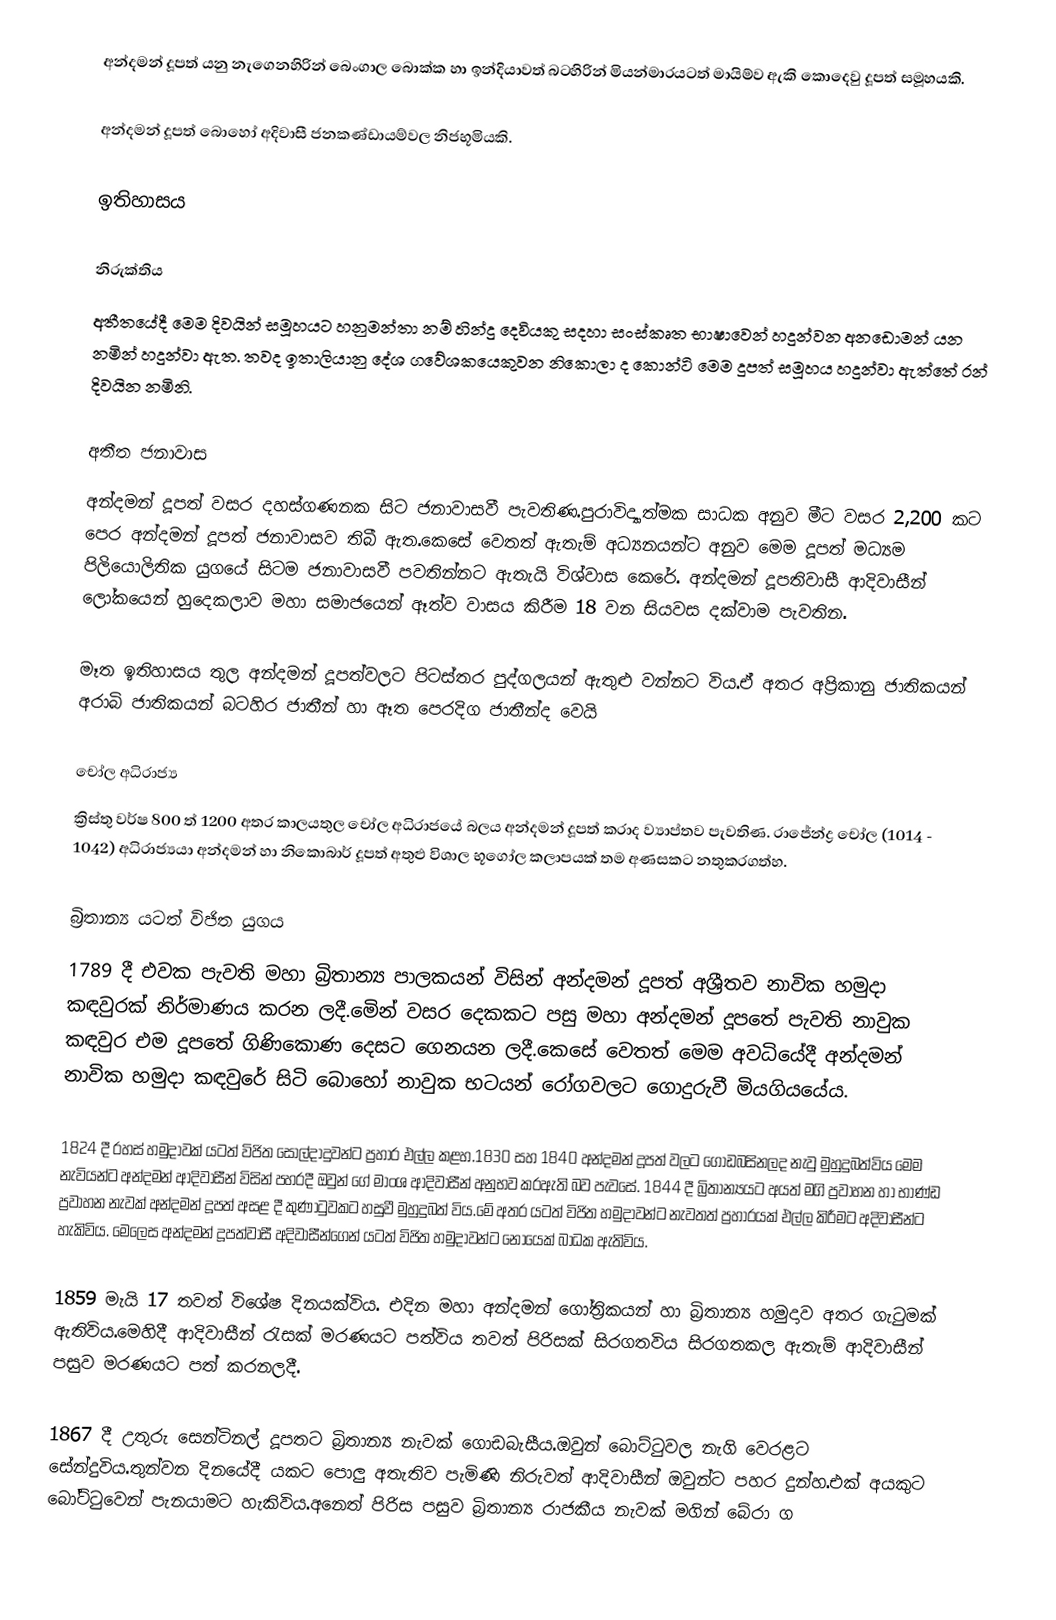
අන්දමන් දූපත් යනු නැගෙනහිරින් බෙංගාල බොක්ක හා ඉන්දියාවත් බටහිරින් මියන්මාරයටත් මායිම්ව ඇකි කොදෙවු දූපත් සමූහයකි.

අන්දමන් දූපත් බොහෝ අදිවාසී ජනකණ්ඩායම්වල නිජභූමියකි.

ඉතිහාසය

නිරුක්තිය
අතීතයේදී මෙම දිවයින් සමූහයට හනුමන්තා නම් හින්දු දෙවියකු සදහා සංස්කෘත භාෂාවෙන් හදුන්වන අනඩොමන් යන නමින් හදුන්වා ඇත.  තවද ඉතාලියානු දේශ ගවේශකයෙකුවන නිකොලා ද කොන්ටි මෙම දූපත් සමූහය හදුන්වා ඇත්තේ රන් දිවයින නමිනි.

අතීත ජනාවාස
අන්දමන් දූපත් වසර දහස්ගණනක සිට ජනාවාසවී පැවතිණ.පුරාවිද්‍යාත්මක සාධක අනුව මීට වසර 2,200 කට පෙර අන්දමන් දූපත් ජනාවාසව තිබී ඇත.කෙසේ වෙතත් ඇතැම් අධ්‍යනයන්ට අනුව මෙම දූපත් මධ්‍යම පිලියොලිතික යුගයේ සිටම ජනාවාසවී පවතින්නට ඇතැයි විශ්වාස කෙරේ. අන්දමන් දූපතිවාසී ආදිවාසීන් ලෝකයෙන් හුදෙකලාව මහා සමාජයෙන් ඈත්ව වාසය කිරීම 18 වන සියවස දක්වාම පැවතින.

මෑත ඉතිහාසය තුල අන්දමන් දූපත්වලට පිටස්තර පුද්ගලයන් ඇතුළු වන්නට විය.ඒ අතර අප්‍රිකානු ජාතිකයන් අරාබි ජාතිකයන් බටහිර ජාතීන් හා ඈත පෙරදිග ජාතීන්ද වෙයි

චෝල අධිරාජ්‍ය
ක්‍රිස්තු වර්ෂ 800 ත් 1200 අතර කාලයතුල චෝල අධිරාජයේ බලය අන්දමන් දූපත් කරාද ව්‍යාප්තව පැවතිණ. රාජේන්ද්‍ර චෝල (1014 - 1042) අධිරාජ්‍යයා අන්දමන් හා නිකොබාර් දූපත් අතුළු විශාල භූගෝල කලාපයක් තම අණසකට නතුකරගත්හ.

බ්‍රිතාන්‍ය යටත් විජිත යුගය
1789 දී එවක පැවති මහා බ්‍රිතාන්‍ය පාලකයන් විසින් අන්දමන් දූපත් අශ්‍රීතව නාවික හමුදා කඳවුරක් නිර්මාණය කරන ලදී.මෙින් වසර දෙකකට පසු මහා අන්දමන් දූපතේ පැවති නාවුක කඳවුර එම දූපතේ ගිණිකොණ දෙසට ගෙනයන ලදී.කෙසේ වෙතත් මෙම අවධියේදී අන්දමන් නාවික හමුදා කඳවුරේ සිටි බොහෝ නාවුක භටයන් රෝගවලට ගොදුරුවී මියගියයේය.

1824 දී රහස් හමුදාවක් යටත් විජිත සොල්දාදුවන්ට ප්‍රහාර එල්ල කළහ.1830 සහ 1840  අන්දමන් දූපත් වලට ගොඩබසිනලද නැවු මුහුදුබත්විය මෙම නැවියන්ට අන්දමන් ආදිවාසීන් විසින් පහරදී ඔවුන් ගේ මාංශ ආදිවාසීන් අනුභව කරඇති බව පැවසේ. 1844 දී බ්‍රිතාන්‍යයට අයත් මගි ප්‍රවාහන හා භාණ්ඩ ප්‍රවාහන නැවක් අන්දමන් දූපත් අසළ දී කුණාටුවකට හසුවී මුහුදුබත් විය.මේ අතර යටත් විජිත හමුදාවන්ට නැවතත් ප්‍රහාරයක් එල්ල කිරීමට අදිවාසීන්ට හැකිවිය. මෙලෙස අන්දමන් දූපත්වාසී අදිවාසීන්ගෙන් යටත් විජිත හමුදාවන්ට නොයෙක් බාධක ඇතිවිය.

1859 මැයි 17  තවත් විශේෂ දිනයක්විය. එදින මහා අන්දමන් ගෝත්‍රිකයන් හා බ්‍රිතාන්‍ය හමුදාව අතර ගැටුමක් ඇතිවිය.මෙහිදී ආදිවාසීන් රැසක් මරණයට පත්විය තවත් පිරිසක් සිරගතවිය සිරගතකල ඇතැම් ආදිවාසීන් පසුව මරණයට පත් කරනලදී.

1867 දී උතුරු සෙන්ටිනල් දූපතට බ්‍රිතාන්‍ය නැවක් ගොඩබැසීය.ඔවුන් බොට්ටුවල නැගි වෙරළට සේන්දුවිය.තුන්වන දිනයේදී යකට පොලු අතැතිව පැමිණි නිරුවත් ආදිවාසීන් ඔවුන්ට පහර දුන්හ.එක් අයකුට බෝට්ටුවෙන් පැනයාමට හැකිවිය.අනෙත් පිරිස පසුව බ්‍රිතාන්‍ය රාජකීය නැවක් මගින් බේරා ග